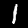
Label: 1